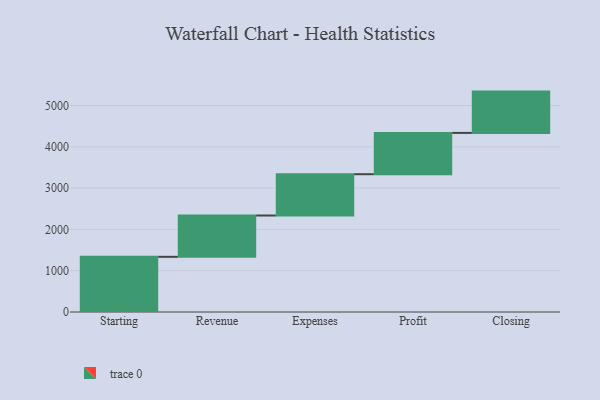
{"axis": {"x": "Step", "y": "Value"}, "legend": [""], "data": [{"x": "Starting", "y": 1336.0, "type": ""}, {"x": "Revenue", "y": 1000, "type": ""}, {"x": "Expenses", "y": 1000, "type": ""}, {"x": "Profit", "y": 1000, "type": ""}, {"x": "Closing", "y": 1000, "type": ""}]}